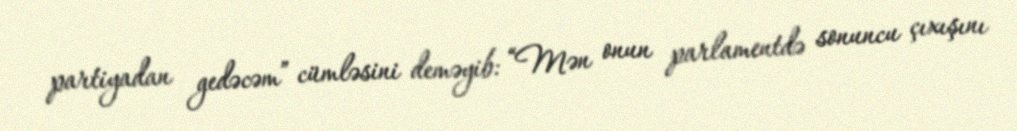
partiyadan gedəcəm” cümləsini deməyib: “Mən onun parlamentdə sonuncu çıxışını